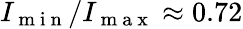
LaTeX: I_{\mathrm{~m~i~n~}}/I_{\mathrm{~m~a~x~}}\approx 0.72